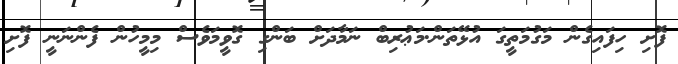
ފޮށި ހިފައިގެން މަގުމަތީގަ އުޅޭތަން.މަޢުރިބް ނަމާދަށް ބަންގި ގޮވީމަވެސް މިމީހުން ފެންނަނީ ފޮށި